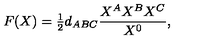
F ( X ) = { \textstyle { \frac { 1 } { 2 } } } d _ { A B C } { \frac { X ^ { A } X ^ { B } X ^ { C } } { X ^ { 0 } } } ,